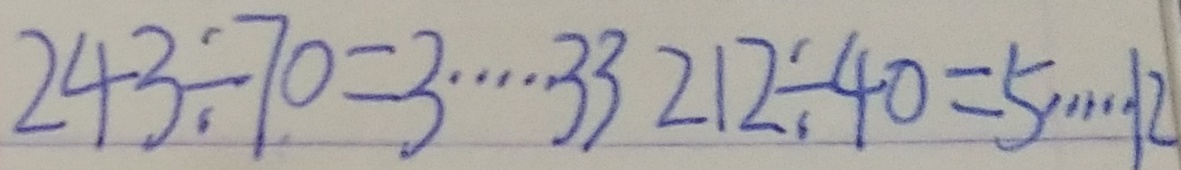
2 4 3 \div 7 0 = 3 \cdots 3 3 2 1 2 \div 4 0 = 5 \cdots 2